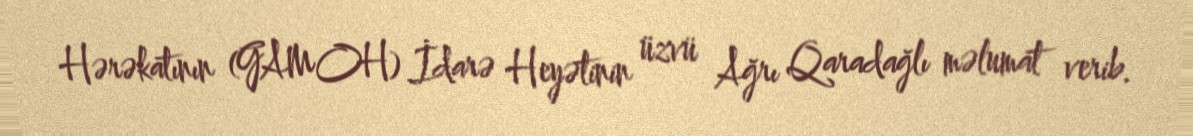
Hərəkatının (GAMOH) İdarə Heyətinin üzvü Ağrı Qaradağlı məlumat verib.